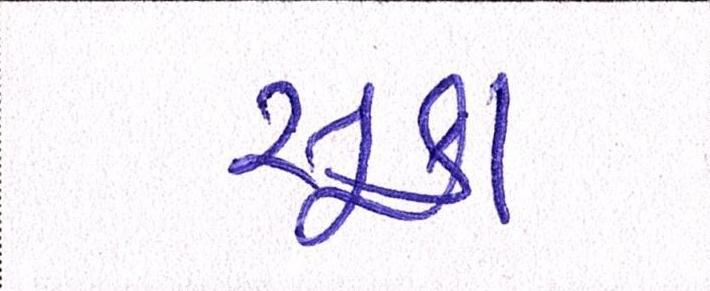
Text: સૂકા